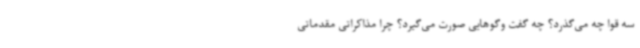
سه قوا چه می‌گذرد؟ چه گفت وگوهایی صورت می‌گیرد؟ چرا مذاکراتی مقدماتی